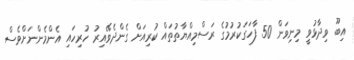
އިބޫ ވިދާޅުވީ މިނިވަން 50 ފާހަގަކުރުމުގެ ރަސްމިއްޔާތުތައް ކުރިއަށް ގެންދެވޭއިރު ހުރިހައި އެންމެންނަށްވެސް